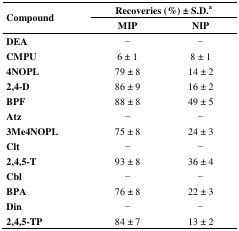
| <ROWSPAN=2> Compound | <COLSPAN=2> Recoveries (%) ± S.D.a |
 | MIP | NIP |
 | --- | --- | --- |
 | DEA | − | − |
 | CMPU | 6 ± 1 | 8 ± 1 |
 | 4NOPL | 79 ± 8 | 14 ± 2 |
 | 2,4-D | 86 ± 9 | 16 ± 2 |
 | BPF | 88 ± 8 | 49 ± 5 |
 | Atz | − | − |
 | 3Me4NOPL | 75 ± 8 | 24 ± 3 |
 | Clt | − | − |
 | 2,4,5-T | 93 ± 8 | 36 ± 4 |
 | Cbl | − | − |
 | BPA | 76 ± 8 | 22 ± 3 |
 | Din | − | − |
 | 2,4,5-TP | 84 ± 7 | 13 ± 2 |